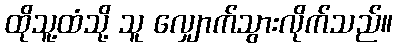
ထိုသူ့ထံသို့ သူ လျှောက်သွားလိုက်သည်။